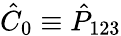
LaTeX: \hat{C}_{0}\equiv\hat{P}_{123}